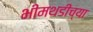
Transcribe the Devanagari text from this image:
भीमथडीच्या